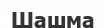
Шашма